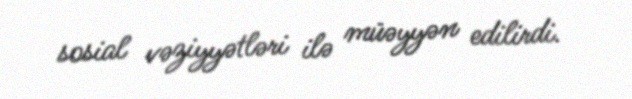
sosial vəziyyətləri ilə müəyyən edilirdi.